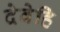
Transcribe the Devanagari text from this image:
देवेहि